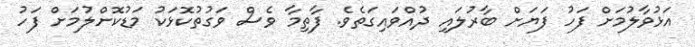
އަޅުވާލުމަށް ފަހު ފަޔަށް ބާރުލައި ދުއްވައިގަތެވެ. ފާތިމާ ވެސް ވަގުތުކޮޅަކު މަޑުކޮށްލުމަށް ފަހު